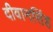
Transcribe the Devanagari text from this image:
दीवानसिंह